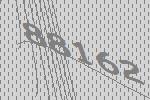
88162